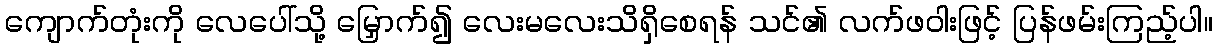
ကျောက်တုံးကို လေပေါ်သို့ မြှောက်၍ လေးမလေးသိရှိစေရန် သင်၏ လက်ဖဝါးဖြင့် ပြန်ဖမ်းကြည့်ပါ။